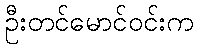
ဦးတင်မောင်ဝင်းက